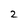
Character: 2